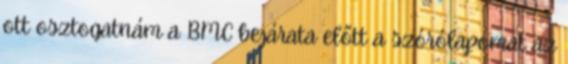
ott osztogatnám a BMC bejárata előtt a szórólapomat az